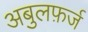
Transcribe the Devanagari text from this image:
अबुलफ़र्ज